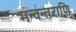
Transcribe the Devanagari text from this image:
मन्वन्तराणि